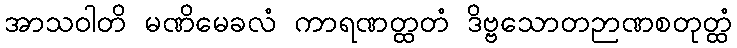
အာသဝါတိ မဏိမေခလံ ကာရဏတ္ထတံ ဒိဗ္ဗသောတဉာဏစတုတ္ထံ